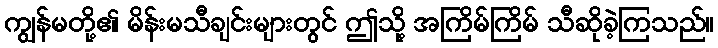
ကျွန်မတို့၏ မိန်းမသီချင်းများတွင် ဤသို့ အကြိမ်ကြိမ် သီဆိုခဲ့ကြသည်။